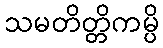
သမတိတ္တိကမ္ပိ